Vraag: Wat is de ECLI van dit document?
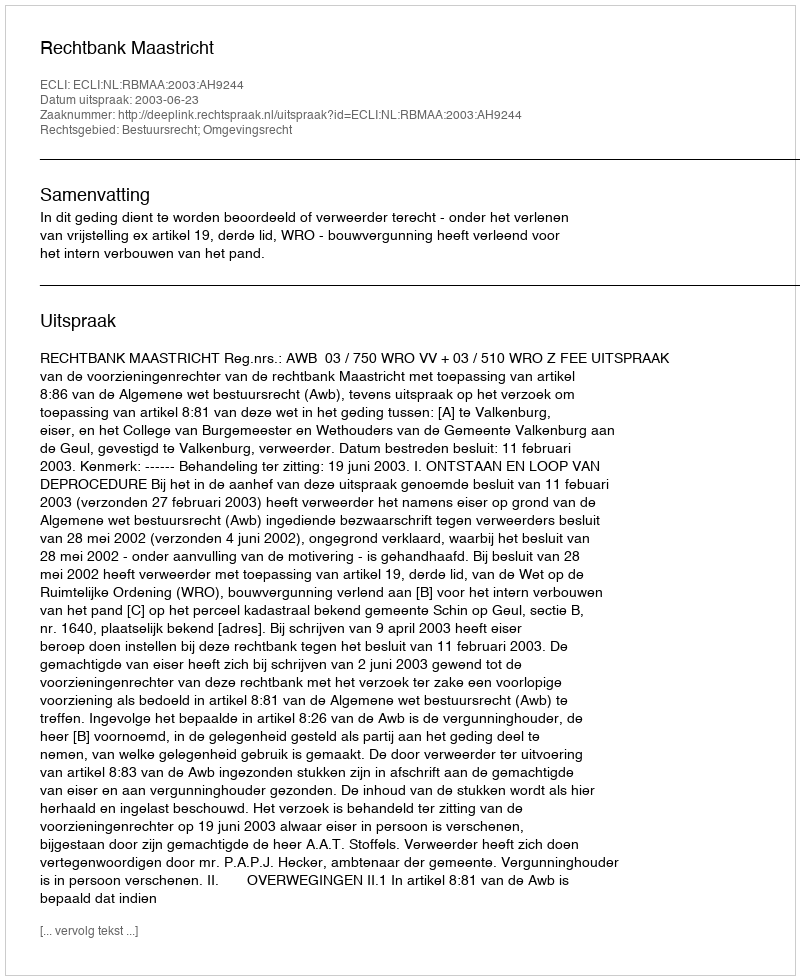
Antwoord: ECLI:NL:RBMAA:2003:AH9244